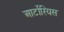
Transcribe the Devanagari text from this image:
आर्टोरियस